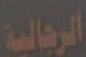
الرجالية